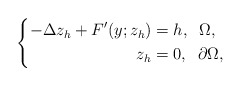
\begin{align*}\left \{\begin{aligned}-\Delta z_{h} + F'(y;z_{h})&=h, \;\; \Omega,\\z_{h}&=0, \;\; \partial \Omega,\end{aligned}\right. \end{align*}